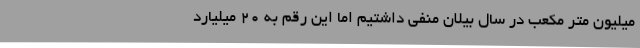
میلیون متر مکعب در سال بیلان منفی داشتیم اما این رقم به ۲۰ میلیارد